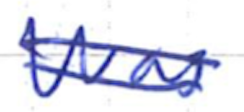
Text: was
Cross-out: double-line
Writing tool: ballpoint